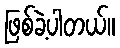
ဖြစ်ခဲ့ပါတယ်။